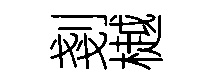
剗樾